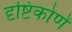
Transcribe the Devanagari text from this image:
दृष्टिकोणें